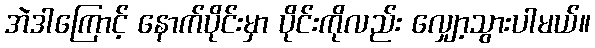
အဲဒါကြောင့် နောက်ပိုင်းမှာ ပိုင်းကိုလည်း လျှော့သွားပါမယ်။